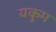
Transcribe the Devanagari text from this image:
यकुम